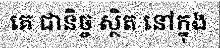
គេ ជានិច្ច ស្ថិត នៅក្នុង